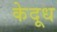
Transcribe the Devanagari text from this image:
केदूध